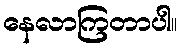
နေလာကြတာပါ။